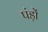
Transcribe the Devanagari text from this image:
पंड़ों